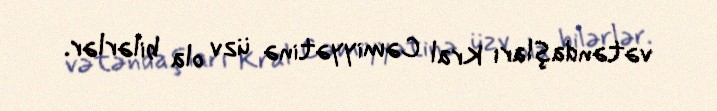
vətəndaşları Kral Cəmiyyətinə üzv ola bilərlər.